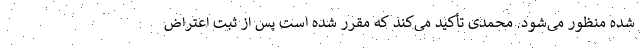
شده منظور می‌شود. محمدی تأکید می‌کند که مقرر شده است پس از ثبت اعتراض